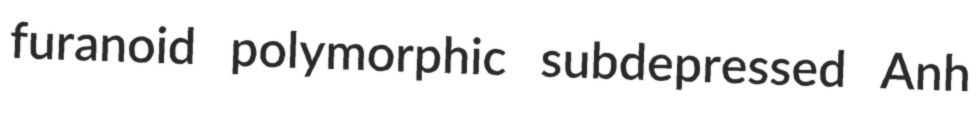
furanoid polymorphic subdepressed Anh